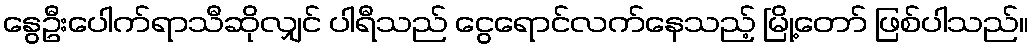
နွေဦးပေါက်ရာသီဆိုလျှင် ပါရီသည် ငွေရောင်လက်နေသည့် မြို့တော် ဖြစ်ပါသည်။